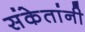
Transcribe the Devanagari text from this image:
संकेतांनी